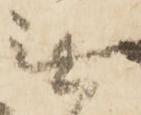
無